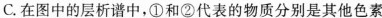
C. 在图中的层析谱中，①和②代表的物质分别是其他色素